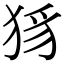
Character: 𤞝